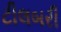
ટીલબરી